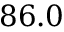
8 6 . 0